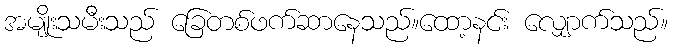
အမျိုးသမီးသည် ခြေတစ်ဖက်ဆာနေသည်။ထော့နင်း လျှောက်သည်။